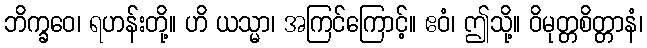
ဘိက္ခဝေ၊ ရဟန်းတို့။ ဟိ ယသ္မာ၊ အကြင်ကြောင့်။ ဧဝံ၊ ဤသို့။ ဝိမုတ္တစိတ္တာနံ၊